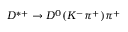
D ^ { * + } \to D ^ { 0 } ( K ^ { - } \pi ^ { + } ) \pi ^ { + }